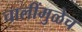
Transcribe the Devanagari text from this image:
चालींमुळेच